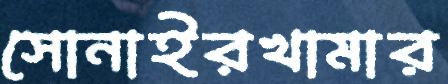
সোনাইরখামার